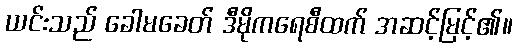
ယင်းသည် ခေါမခေတ် ဒီမိုကရေစီထက် အဆင့်မြင့်၏။